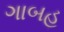
ગાબહ